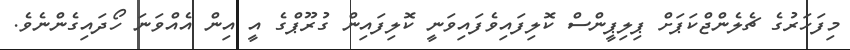
މިފަހަރުގެ ޗެލެންޖްކަޕަށް ޕިލިޕީންސް ކޮލިފައިވެފައިވަނީ ކޮލިފައިން ގުރޫޕްގެ އީ އިން އެއްވަނަ ހޯދައިގެންނެވެ.